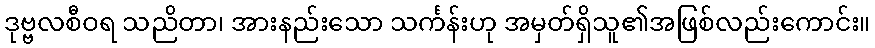
ဒုဗ္ဗလစီဝရ သညိတာ၊ အားနည်းသော သင်္ကန်းဟု အမှတ်ရှိသူ၏အဖြစ်လည်းကောင်း။